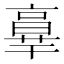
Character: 𦎧